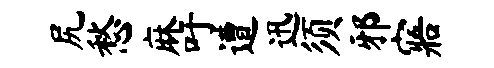
尻愁麻吁遭迅须邪寤